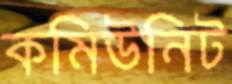
কমিউনিট